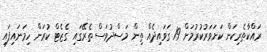
ރައްކާތެރިކަން ކަށަވަރުކުރުމަށް 19 ގަވައިދެއް ތިން މަސްދުވަސް ތެރޭގައި ގެޒެޓް ކުރަން ހިމަނައިފައި